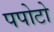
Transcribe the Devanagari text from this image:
पपोटो